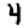
Digit: 4